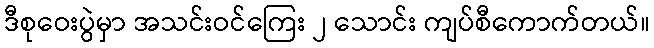
ဒီစုဝေးပွဲမှာ အသင်းဝင်ကြေး ၂ သောင်း ကျပ်စီကောက်တယ်။